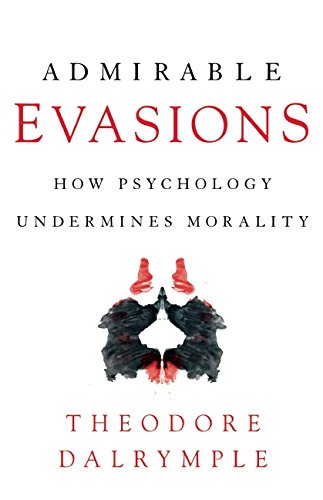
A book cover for Admirable Evasions: How Psychology Undermines Morality; Theodore Dalrymple; Politics & Social Sciences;